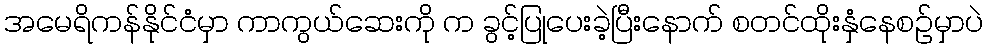
အမေရိကန်နိုင်ငံမှာ ကာကွယ်ဆေးကို က ခွင့်ပြုပေးခဲ့ပြီးနောက် စတင်ထိုးနှံနေစဉ်မှာပဲ